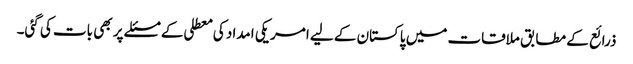
ذرائع کے مطابق ملاقات میں پاکستان کے لیے امریکی امداد کی معطلی کے مسئلے پر بھی بات کی گئی۔